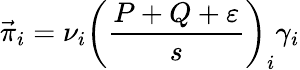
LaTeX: \vec{\pi}_{i}=\nu_{i}\left(\frac{P+Q+\varepsilon}{s}\right)_{i}\gamma_{i}